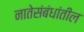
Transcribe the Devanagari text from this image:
नातेसंबंधांतील